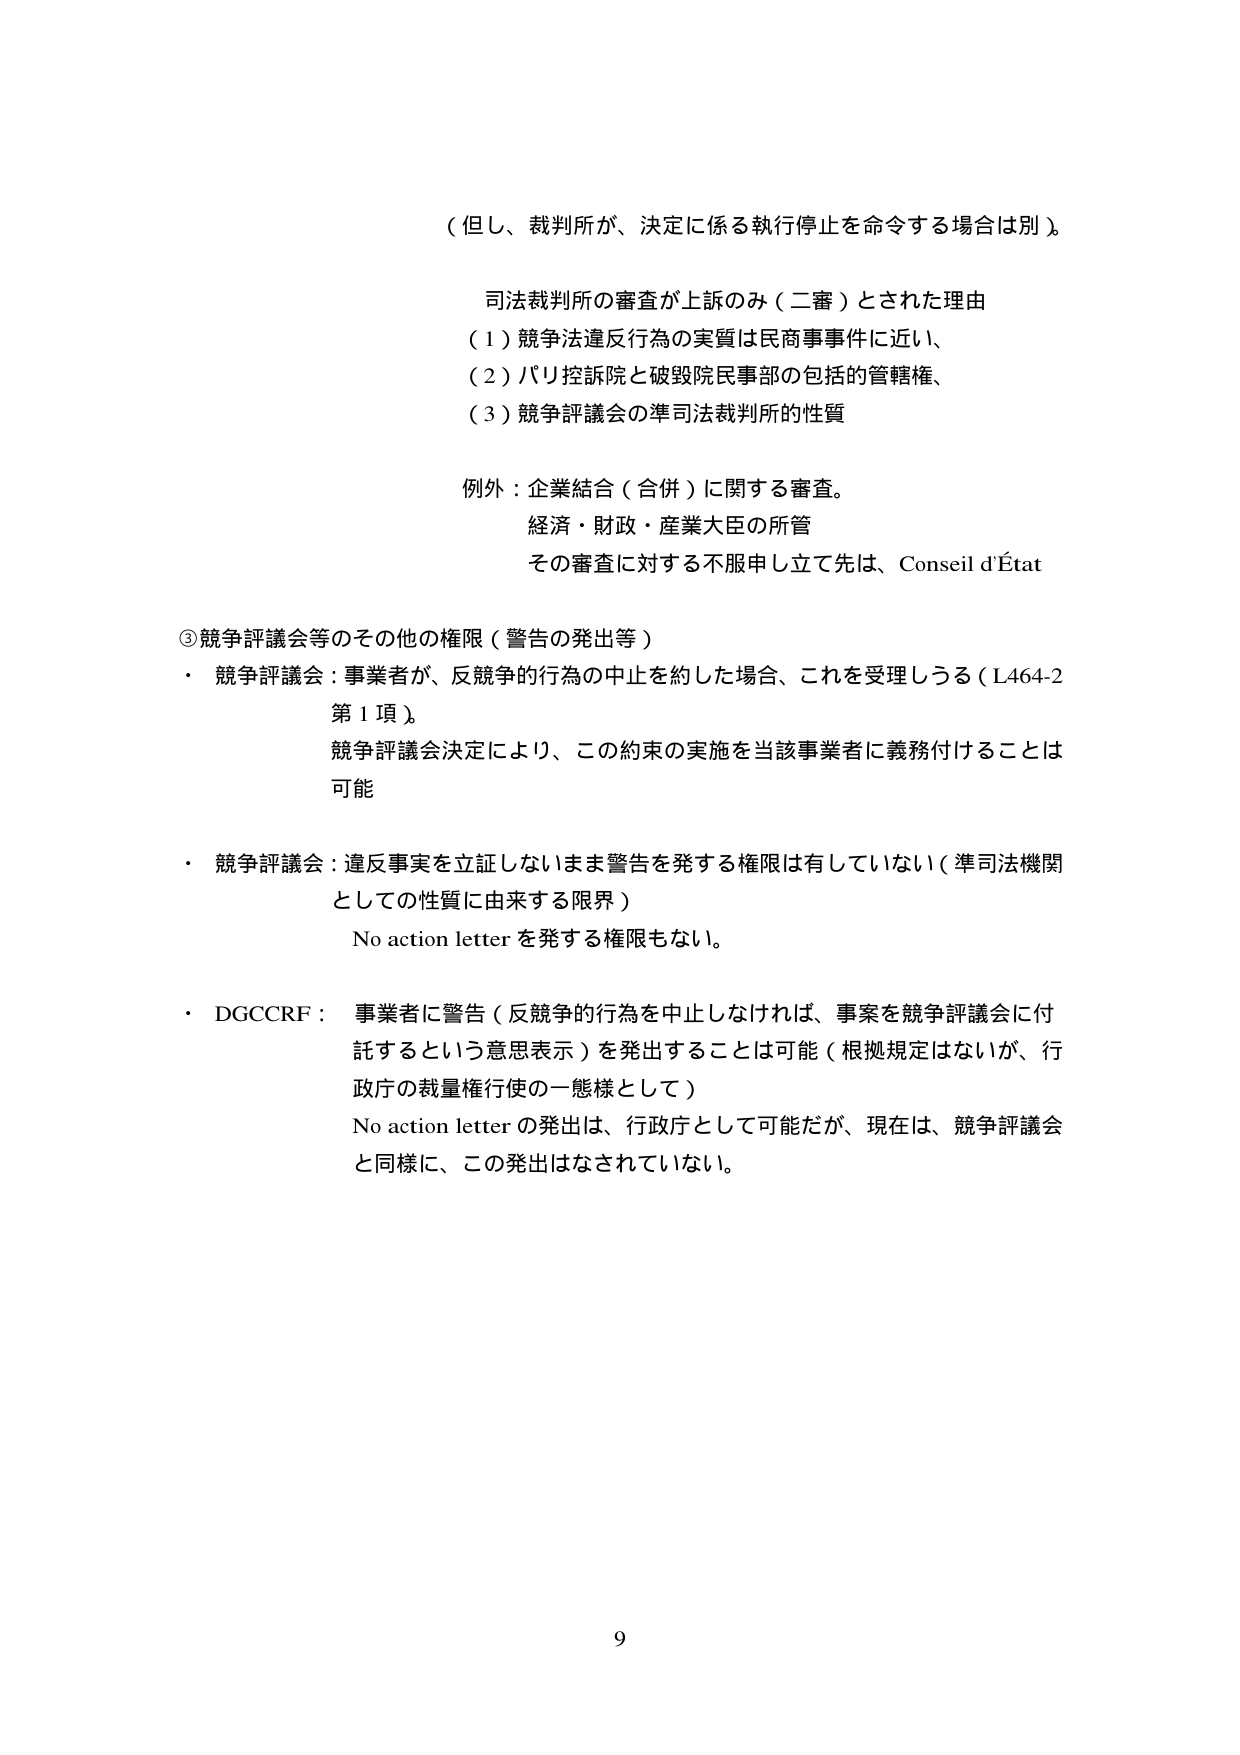
（但し、裁判所が、決定に係る執行停止を命令する場合は別）。

司法裁判所の審査が上訴のみ（二審）とされた理由
（1）競争法違反行為の実質は民商事事件に近い、
（2）パリ控訴院と破毀院民事部の包括的管轄権、
（3）競争評議会の準司法裁判所の性質

例外：企業結合（合併）に関する審査。
経済・財政・産業大臣の所管
その審査に対する不服申し立て先は、Conseil d'État

③競争評議会等のその他の権限（警告の発出等）
・ 競争評議会：事業者が、反競争的行為の中止を約した場合、これを受理しうる（L464-2
第1項）。
競争評議会決定により、この約束の実施を当該事業者に義務付けることは
可能

・ 競争評議会：違反事実を立証しないまま警告を発する権限は有していない（準司法機関
としての性質に由来する限界）
No action letter を発する権限もない。

・ DGCCRF：事業者に警告（反競争的行為を中止しなければ、事案を競争評議会に付
託するという意思表示）を発出することは可能（根拠規定はないが、行
政庁の裁量権行使の一態様として）
No action letter の発出は、行政庁として可能だが、現在は、競争評議会
と同様に、この発出はなされていない。

9